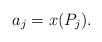
LaTeX: \begin{align*}a_j = x(P_j).\end{align*}